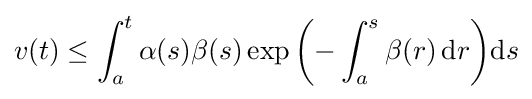
v(t)\leq \int _{a}^{t}\alpha (s)\beta (s)\exp {\biggl (}{-}\int _{a}^{s}\beta (r)\,\mathrm {d} r{\biggr )}\mathrm {d} s